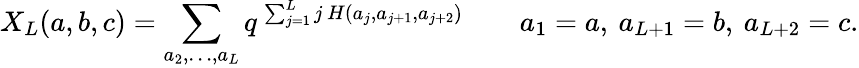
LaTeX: X_{L}(a,b,c)=\sum_{a_{2},\ldots,a_{L}}q^{\, \sum_{j=1}^{L}j\, H(a_{j},a_{j+1},a_{j+2})}\qquad a_{1}=a,\: a_{L+1}=b,\: a_{L+2}=c.